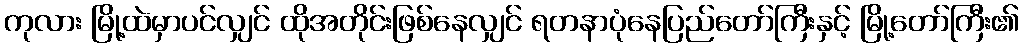
ကုလား မြို့ထဲမှာပင်လျှင် ထိုအတိုင်းဖြစ်နေလျှင် ရတနာပုံနေပြည်တော်ကြီးနှင့် မြို့တော်ကြီး၏